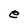
Character: e